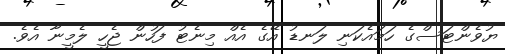
ޔުވެންޓަސްގެ ހަމައެކަނި ލަނޑު އޭގެ އެއް މިނެޓު ފަހުން ޖެހީ ލެމީނާ އެވެ.